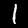
Label: 1